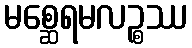
မစ္ဆေရမလဉ္စဿ